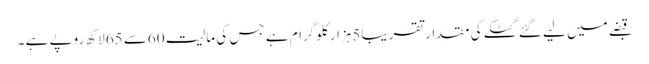
قبضے میں لیے گئے گٹکے کی مقدار تقریباً 5ہزار کلوگرام ہے جس کی مالیت 60سے 65لاکھ روپے ہے ۔